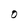
Character: 0